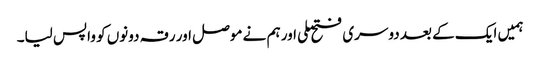
ہمیں ایک کے بعد دوسری فتح ملی اور ہم نے موصل اور رقہ دونوں کو واپس لیا۔